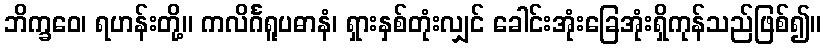
ဘိက္ခဝေ၊ ရဟန်းတို့။ ကလိင်္ဂရူပဓာနံ၊ ရှားနှစ်တုံးလျှင် ခေါင်းအုံးခြေအုံးရှိကုန်သည်ဖြစ်၍။